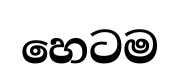
හෙටම